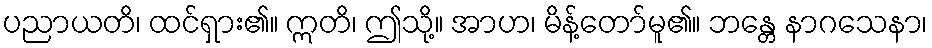
ပညာယတိ၊ ထင်ရှား၏။ ဣတိ၊ ဤသို့။ အာဟ၊ မိန့်တော်မူ၏။ ဘန္တေ နာဂသေနာ၊